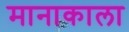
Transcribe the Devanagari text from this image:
मानाकाला